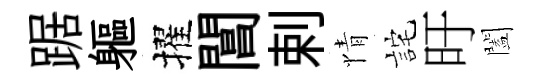
踞軀擢閶剌情詫旴闔